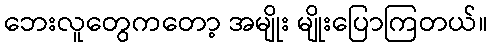
ဘေးလူတွေကတော့ အမျိုး မျိုးပြောကြတယ်။